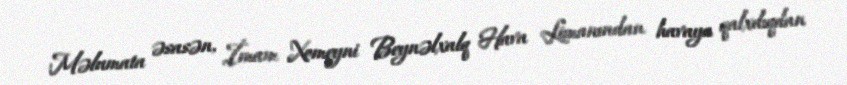
Məlumata əsasən, İmam Xomeyni Beynəlxalq Hava Limanından havaya qalxdıqdan